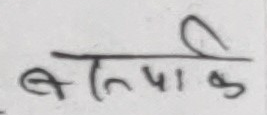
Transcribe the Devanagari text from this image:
बलियाक